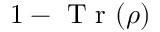
1 - \mathrm { ~ T ~ r ~ } ( \rho )